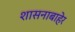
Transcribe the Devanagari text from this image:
शासनाबाहेर